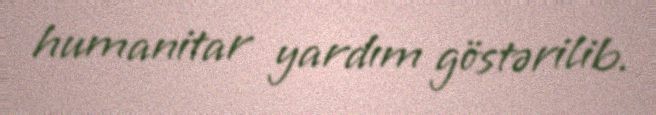
humanitar yardım göstərilib.